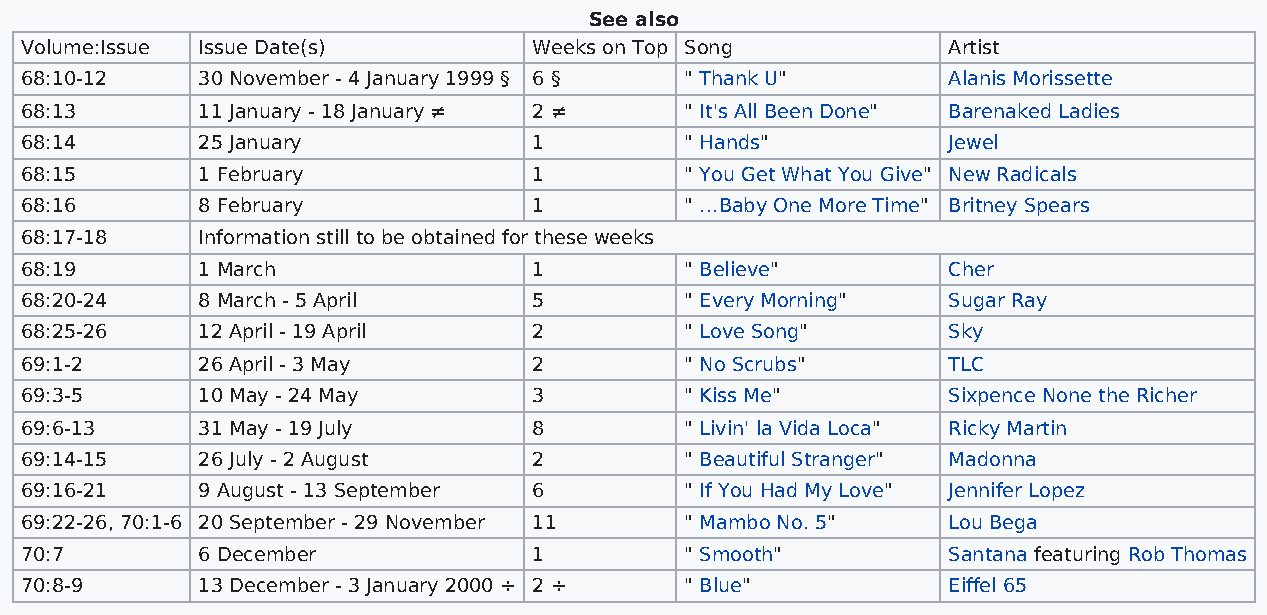
See also
 Volume:Issue Issue Date(s)        Weeks on Top Song           Artist
 68:10-12    30 November - 4 January 1999 § 6 § " Thank U"     Alanis Morissette
 68:13       11 January - 18 January ≠ 2 ≠   " It's All Been Done" Barenaked Ladies
 68:14       25 January            1         " Hands"          Jewel
 68:15       1 February            1         " You Get What You Give" New Radicals
 68:16       8 February            1         " …Baby One More Time" Britney Spears
 68:17-18    Information still to be obtained for these weeks
 68:19       1 March               1         " Believe"        Cher
 68:20-24    8 March - 5 April     5         " Every Morning"  Sugar Ray
 68:25-26    12 April - 19 April   2         " Love Song"      Sky
 69:1-2      26 April - 3 May      2         " No Scrubs"      TLC
 69:3-5      10 May - 24 May       3         " Kiss Me"        Sixpence None the Richer
 69:6-13     31 May - 19 July      8         " Livin' la Vida Loca" Ricky Martin
 69:14-15    26 July - 2 August    2         " Beautiful Stranger" Madonna
 69:16-21    9 August - 13 September 6       " If You Had My Love" Jennifer Lopez
 69:22-26, 70:1-6 20 September - 29 November 11 " Mambo No. 5" Lou Bega
 70:7        6 December            1         " Smooth"         Santana featuring Rob Thomas
 70:8-9      13 December - 3 January 2000 ÷ 2 ÷ " Blue"        Eiffel 65